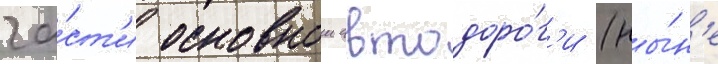
ча́ст'и основнои автодоро́г'и (ны́н'е